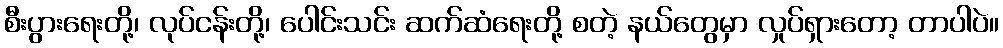
စီးပွားရေးတို့၊ လုပ်ငန်းတို့၊ ပေါင်းသင်း ဆက်ဆံရေးတို့ စတဲ့ နယ်တွေမှာ လှုပ်ရှားတော့ တာပါပဲ။